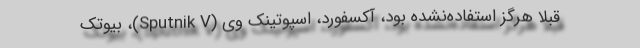
قبلا هرگز استفاده‌نشده بود، آکسفورد، اسپوتینک وی (Sputnik V)، بیوتک